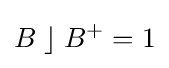
B\;\rfloor \;B^{+}=1